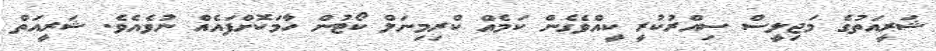
ޝަރީއަތުގެ މަޖިލީސް ސިއްރުކުރީ ކީއްވެގެން ކަމެއް ކްރިމިނަލް ކޯޓުން ހާމަކޮށްފައެއް ނުވެއެވެ. ޝަރީއަތް